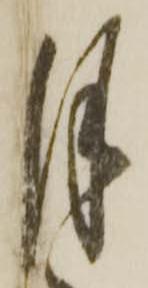
月